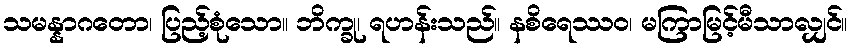
သမန္နာဂတော၊ ပြည့်စုံသော။ ဘိက္ခု၊ ရဟန်းသည်။ နစိရေဿဝ၊ မကြာမြင့်မီသာလျှင်။